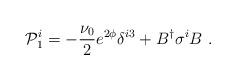
LaTeX: \begin{align*}{\cal P}^i_1 = -\frac{\nu_0}{2} e^{2\phi} \delta^{i3} + B^\dagger\sigma^i B\ .\end{align*}